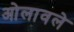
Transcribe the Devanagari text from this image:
ओलावले